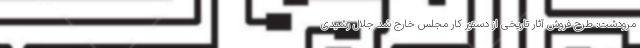
مرودشت: طرح فروش آثار تاریخی از دستور کار مجلس خارج شد جلال رشیدی